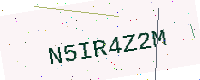
Text: N5IR4Z2M